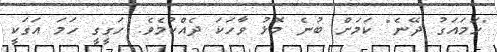
"ހަމައަގު ދޭނެ" ކަމަށް ބުނެ މޮޅު ވާހަކަ ދެއްކުމެވެ. ހަގީގީ ހަމަ އަގަކީ